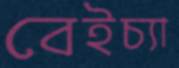
বেইচ্যা